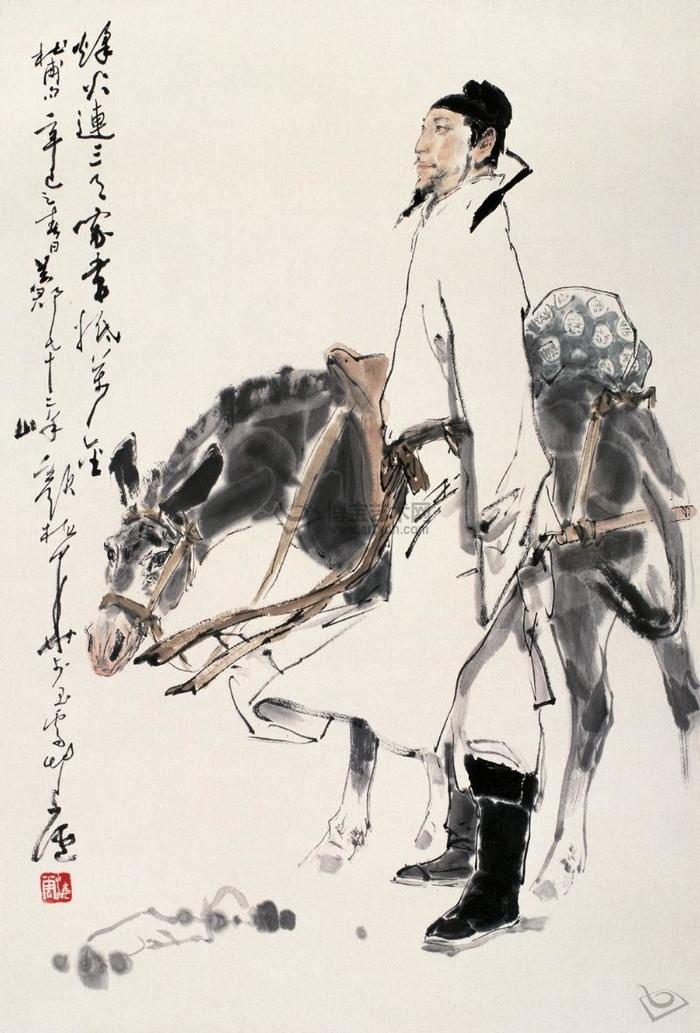
致君尧舜上，再使风俗淳。